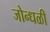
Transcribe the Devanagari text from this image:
जोन्धळी